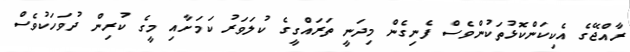
ރާއްޖޭގެ އެކިކަންކޮޅުތަކުންވެސް ފެނިގެން މިދަނީ ތަރައްގީގެ ކުލަވަރު ކަމަށާއި މީގެ ކުރިން ދުވަހަކުވެސް